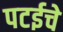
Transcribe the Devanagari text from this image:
पटईचे